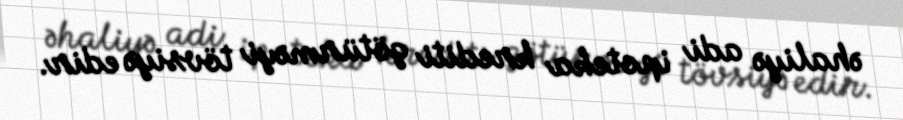
əhaliyə adi ipoteka krediti götürməyi tövsiyə edir.